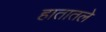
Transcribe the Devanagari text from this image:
हातातले